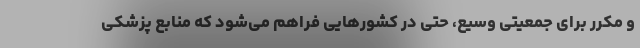
و مکرر برای جمعیتی وسیع، حتی در کشورهایی فراهم می‌شود که منابع پزشکی